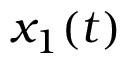
x _ { 1 } ( t )